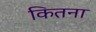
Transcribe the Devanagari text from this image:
कितना